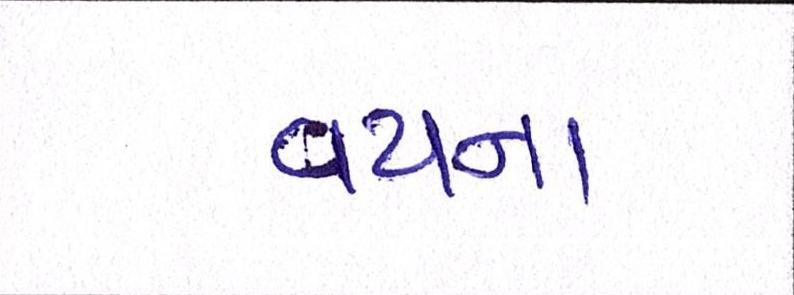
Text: વયના